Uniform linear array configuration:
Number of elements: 4
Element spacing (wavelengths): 0.5
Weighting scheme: kaiser
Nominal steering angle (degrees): -30
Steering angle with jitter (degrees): -31.773
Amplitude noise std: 0.05
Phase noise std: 0.05

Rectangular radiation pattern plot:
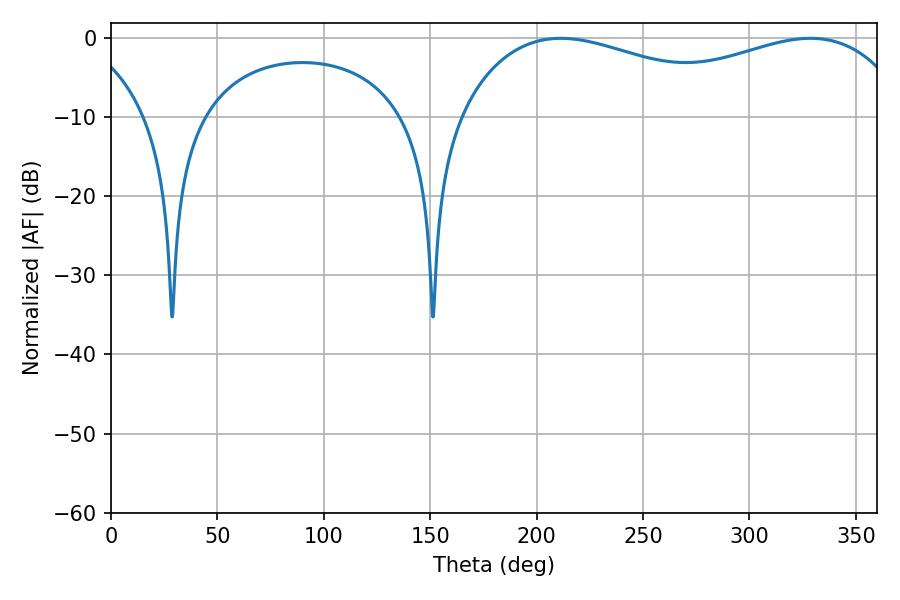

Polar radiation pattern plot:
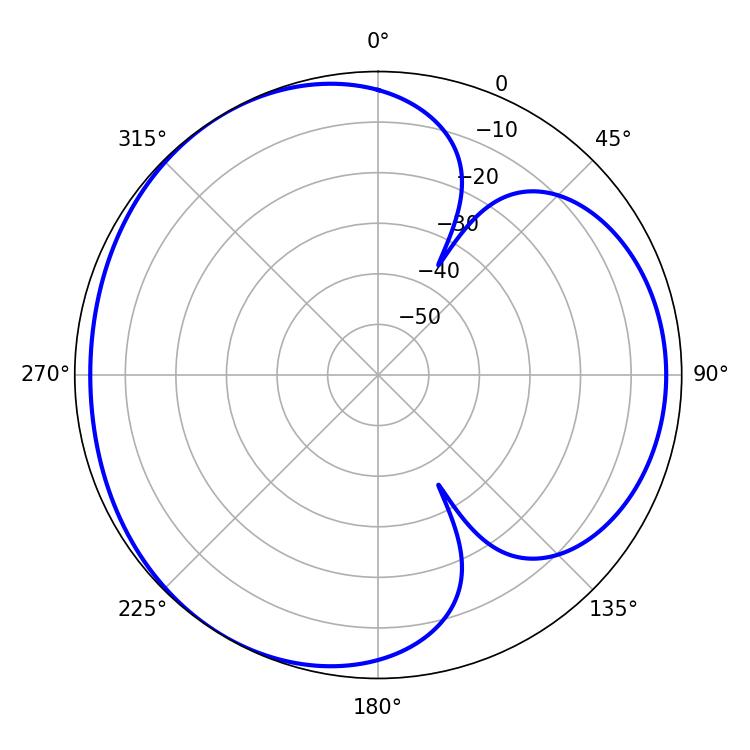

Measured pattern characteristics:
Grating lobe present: FALSE
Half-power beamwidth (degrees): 82.08
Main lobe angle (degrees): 211.32